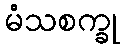
မံသစက္ခု